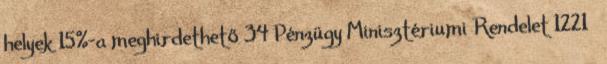
helyek 15%-a meghirdethető 34 Pénzügy Minisztériumi Rendelet 1221